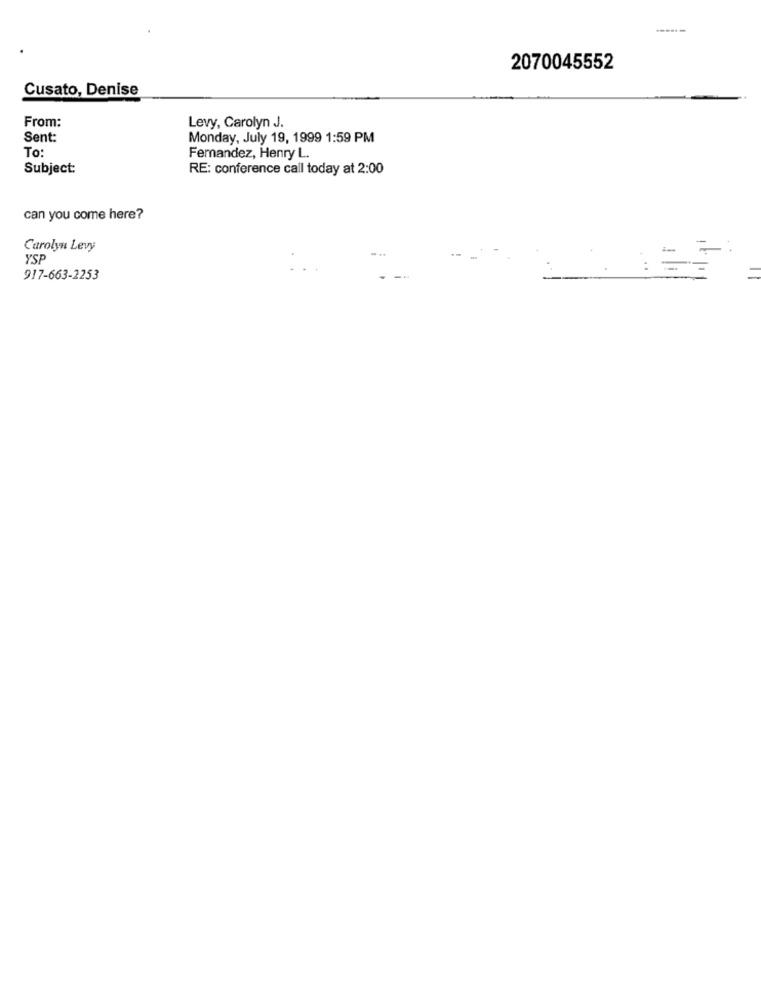
2070045552
Cusato, Denise
From:
Levy, Carolyn J.
Sent:
Monday, July 19, 1999 1:59 PM
To:
Fernandez, Henry L.
Subject:
RE: conference call today at 2:00
can you come here?
Carolyn Levy
YSP
917-663-2253